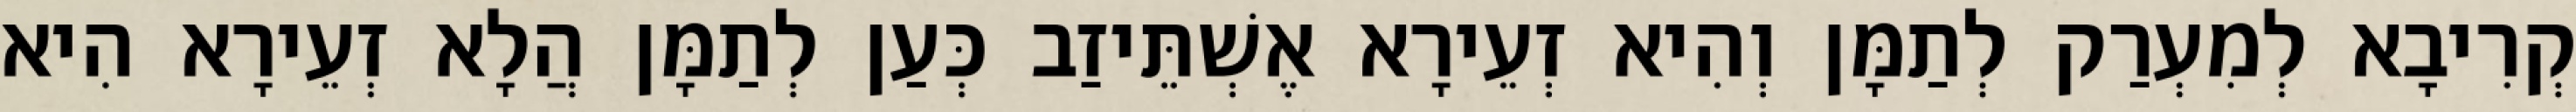
קְרִיבָא לְמִעְרַק לְתַמָּן וְהִיא זְעֵירָא אֶשְׁתֵּיזַב כְּעַן לְתַמָּן הֲלָא זְעֵירָא הִיא